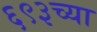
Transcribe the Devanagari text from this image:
६९३च्या